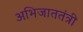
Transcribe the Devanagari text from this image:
अभिजाततंत्री